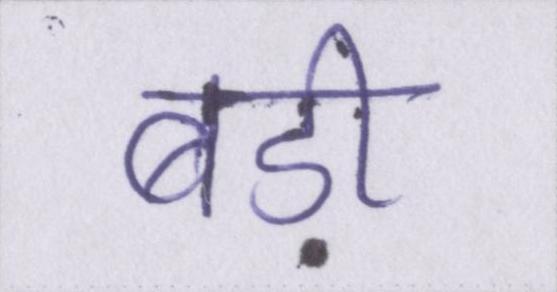
बड़ी